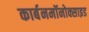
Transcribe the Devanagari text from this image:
कार्बनमॉनोक्साइड